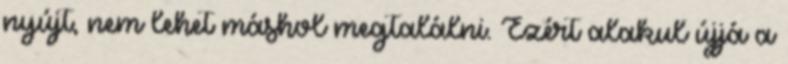
nyújt, nem lehet máshol megtalálni. Ezért alakul újjá a